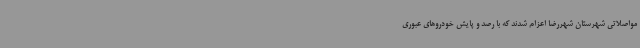
مواصلاتی شهرستان شهررضا اعزام شدند که با رصد و پایش خودروهای عبوری